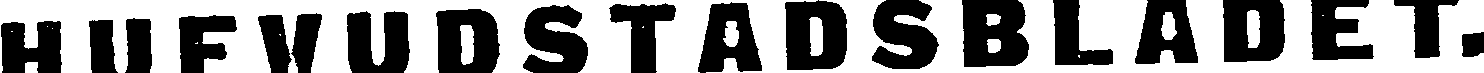
HUFVUDSTADSBLADET.